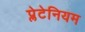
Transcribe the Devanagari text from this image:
प्लेटेनियम